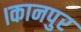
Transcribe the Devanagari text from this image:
।कानपुर